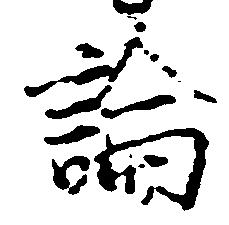
論